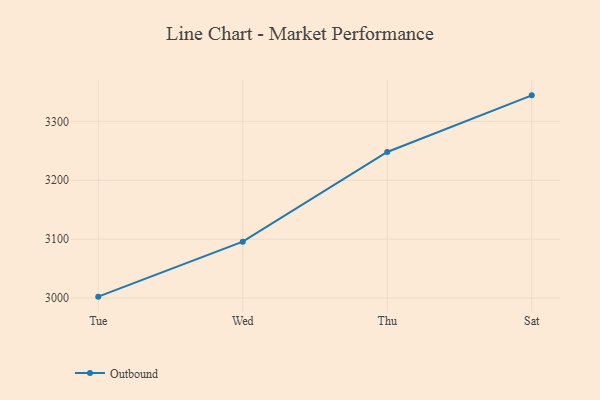
{"axis": {"x": "Day", "y": "Satisfaction Score"}, "legend": ["Outbound"], "data": [{"x": "Tue", "y": 3002.4, "type": "Outbound"}, {"x": "Wed", "y": 3095.7, "type": "Outbound"}, {"x": "Thu", "y": 3248.1, "type": "Outbound"}, {"x": "Sat", "y": 3344.2, "type": "Outbound"}]}